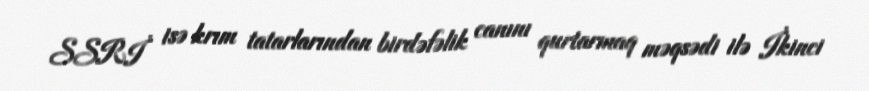
SSRİ isə krım tatarlarından birdəfəlik canını qurtarmaq məqsədi ilə İkinci